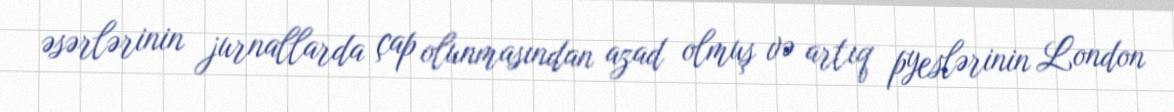
əsərlərinin jurnallarda çap olunmasından azad olmuş və artıq pyeslərinin London